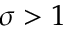
\sigma > 1